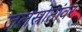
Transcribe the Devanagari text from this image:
जलस्रोतांवर